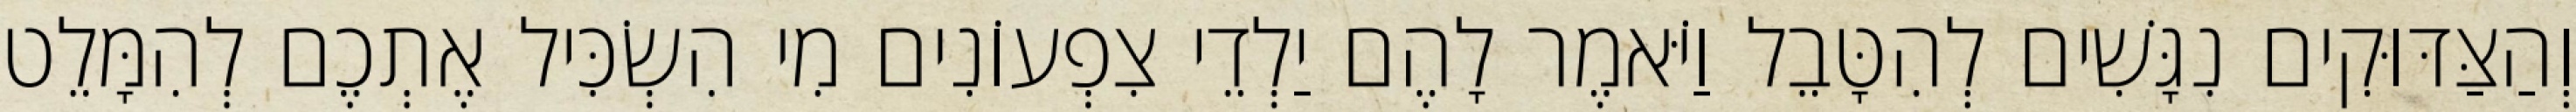
וְהַצַּדּוּקִים נִגָּשִׁים לְהִטָּבֵל וַיֹּאמֶר לָהֶם יַלְדֵי צִפְעוֹנִים מִי הִשְׂכִּיל אֶתְכֶם לְהִמָּלֵט